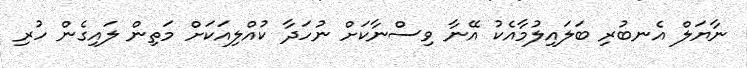
ނާޔަލް އެނބުރި ބަލައިލުމާއެކު އޭނާ ވިސްނާކަށް ނުހަދާ ކުއްލިއަކަށް މަތިން ލައިގެން ހުރި